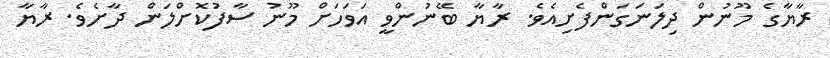
ރާޔާގެ މޫނުން ދިލަނަގަންފެށިއެވެ. ރާޔާ ބޭނުންވީ އަވަހަށް މޫނު ސާފުކޮށްލަން ދާށެވެ. ރާޔާ